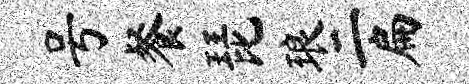
号餐琵琅二扁